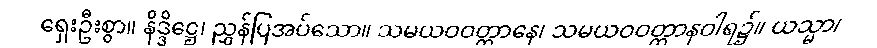
ရှေးဦးစွာ။ နိဒ္ဒိဋ္ဌေ၊ ညွှန်ပြအပ်သော။ သမယဝဝတ္ထာနေ၊ သမယဝဝတ္ထာနဝါရ၌။ ယသ္မာ၊